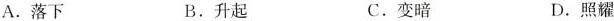
A.落下 B.升起 C.变暗 D.照耀